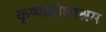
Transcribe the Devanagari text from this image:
कृष्णबोधाश्रम